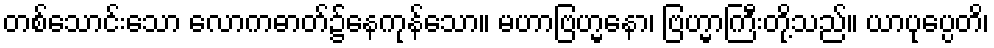
တစ်သောင်းသော လောကဓာတ်၌နေကုန်သော။ မဟာဗြဟ္မနော၊ ဗြဟ္မာကြီးတို့သည်။ ယာပုပ္ပေတိ၊